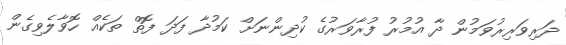
ދަރިވަރިރުވަމުން ދާ އުމުރު ފުރާވަރުގެ ކުދިންނަށް ކަމުދާ ފަދަ ފޮތް ތަކެއް ހޮވާލެވިގެން